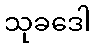
သုခဒေါ